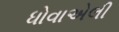
ધોવાએલી